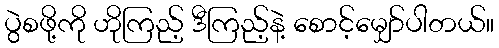
ပွဲစဖို့ကို ဟိုကြည့် ဒီကြည့်နဲ့ စောင့်မျှော်ပါတယ်။